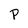
Character: P